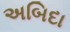
અબિદા